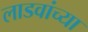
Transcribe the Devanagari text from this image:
लाडवांच्या